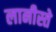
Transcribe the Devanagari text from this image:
लानीस्ते